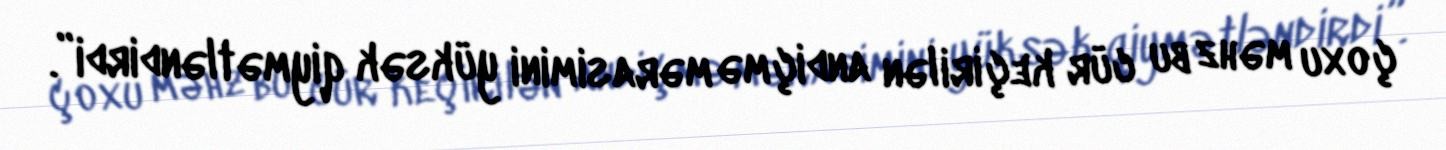
çoxu məhz bu cür keçirilən andiçmə mərasimini yüksək qiymətləndirdi”.